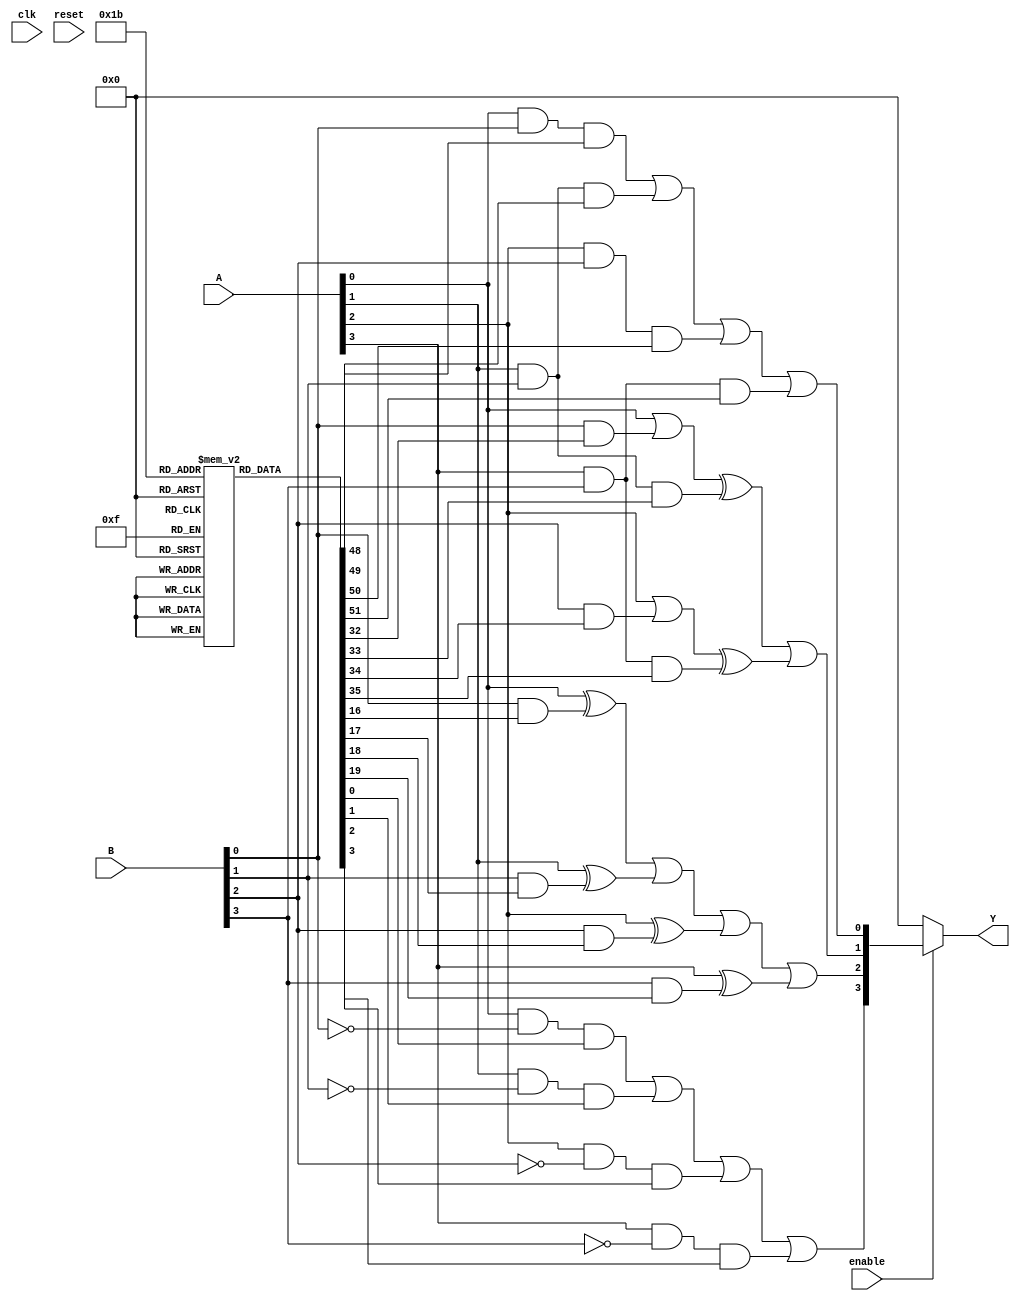
module LAB (
    input wire [3:0] A,            // Inputs to the LAB (4-bit input)
    input wire [3:0] B,            // Another set of inputs (4-bit input)
    input wire enable,              // Enable signal for the LEs
    input wire clk,                 // Global clock signal (for reference)
    input wire reset,               // Global reset signal
    output wire [3:0] Y             // Outputs from the LAB (4-bit output)
);

// Configuration memory for lookup tables
reg [15:0] lut_config [0:3]; // Assuming 4 LUTs, each with a 4-input LUT (16 possible functions)

// Combinational Logic Elements (LEs)
wire le0_out, le1_out, le2_out, le3_out;

// Logic Element 0
assign le0_out = (A[0] & B[0] & lut_config[0][0]) | (A[1] & B[1] & lut_config[0][1]) |
                 (A[2] & B[2] & lut_config[0][2]) | (A[3] & B[3] & lut_config[0][3]);

// Logic Element 1
assign le1_out = (A[0] | B[0] & lut_config[1][0]) ^ (A[1] & B[1] & lut_config[1][1]) |
                 (A[2] | B[2] & lut_config[1][2]) ^ (A[3] & B[3] & lut_config[1][3]);

// Logic Element 2
assign le2_out = (A[0] ^ B[0] & lut_config[2][0]) | (A[1] ^ B[1] & lut_config[2][1]) |
                 (A[2] ^ B[2] & lut_config[2][2]) | (A[3] ^ B[3] & lut_config[2][3]);

// Logic Element 3
assign le3_out = (A[0] & ~B[0] & lut_config[3][0]) | (A[1] & ~B[1] & lut_config[3][1]) |
                 (A[2] & ~B[2] & lut_config[3][2]) | (A[3] & ~B[3] & lut_config[3][3]);

// Output logic combining outputs of LEs based on the enable signal
assign Y = enable ? {le3_out, le2_out, le1_out, le0_out} : 4'b0000;

// Configuration initialization (example, this could be loaded dynamically)
initial begin
    lut_config[0] = 16'b1100_1010_1111_0000; // Example LUT configuration for LE0
    lut_config[1] = 16'b1010_1100_0001_1111; // Example LUT configuration for LE1
    lut_config[2] = 16'b0011_1000_1100_0101; // Example LUT configuration for LE2
    lut_config[3] = 16'b0110_0110_1110_1001; // Example LUT configuration for LE3
end

endmodule